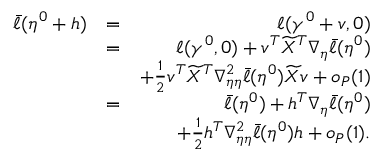
\begin{array} { r l r } { \bar { \ell } ( \eta ^ { 0 } + h ) } & { = } & { \ell ( \gamma ^ { 0 } + v , 0 ) } \\ & { = } & { \ell ( \gamma ^ { 0 } , 0 ) + v ^ { T } \widetilde { X } ^ { T } \nabla _ { \eta } \bar { \ell } ( \eta ^ { 0 } ) } \\ & { } & { + \frac { 1 } { 2 } v ^ { T } \widetilde { X } ^ { T } \nabla _ { \eta \eta } ^ { 2 } \bar { \ell } ( \eta ^ { 0 } ) \widetilde { X } v + o _ { P } ( 1 ) } \\ & { = } & { \bar { \ell } ( \eta ^ { 0 } ) + h ^ { T } \nabla _ { \eta } \bar { \ell } ( \eta ^ { 0 } ) } \\ & { } & { + \frac { 1 } { 2 } h ^ { T } \nabla _ { \eta \eta } ^ { 2 } \bar { \ell } ( \eta ^ { 0 } ) h + o _ { P } ( 1 ) . } \end{array}